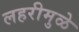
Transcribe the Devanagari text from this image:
लहरीमुळे